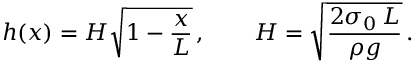
h ( x ) = H \sqrt { 1 - \frac { x } { L } } \, , \quad \quad H = \sqrt { \frac { 2 \sigma _ { 0 } \, L } { \rho g } } \, .